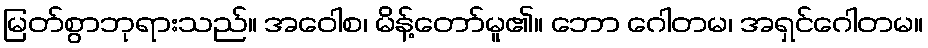
မြတ်စွာဘုရားသည်။ အဝေါစ၊ မိန့်တော်မူ၏။ ဘော ဂေါတမ၊ အရှင်ဂေါတမ။